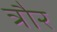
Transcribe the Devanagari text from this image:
त्रौर